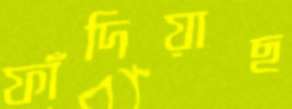
ফাঁদিয়াছ